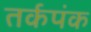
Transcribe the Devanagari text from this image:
तर्कपंक